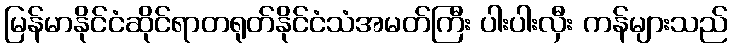
မြန်မာနိုင်ငံဆိုင်ရာတရုတ်နိုင်ငံသံအမတ်ကြီး ပါးပါးလှီး ကန်များသည်